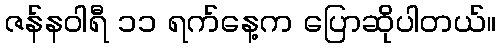
ဇန်နဝါရီ ၁၁ ရက်နေ့က ပြောဆိုပါတယ်။